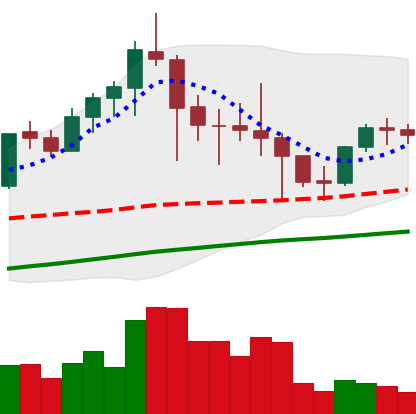
Ticker: LTC-USD
Chart end date: 2021-04-29
Forward return: 19.817%
Label: up_7plus